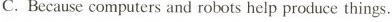
C.Because computers and robots help produce things.